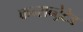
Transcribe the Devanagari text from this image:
कन्सन्ट्रेटेड